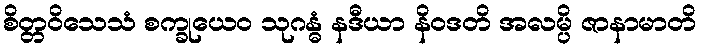
စိတ္တဝိသေသံ စက္ခုယေဝ သုဂန္ဓံ နဒီယာ နိဝဒတိ အလမ္ပိ ဇာနာမာတိ